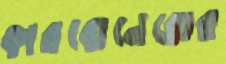
কারবোনেরোর